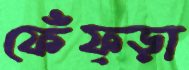
ফেঁফ্ড়া